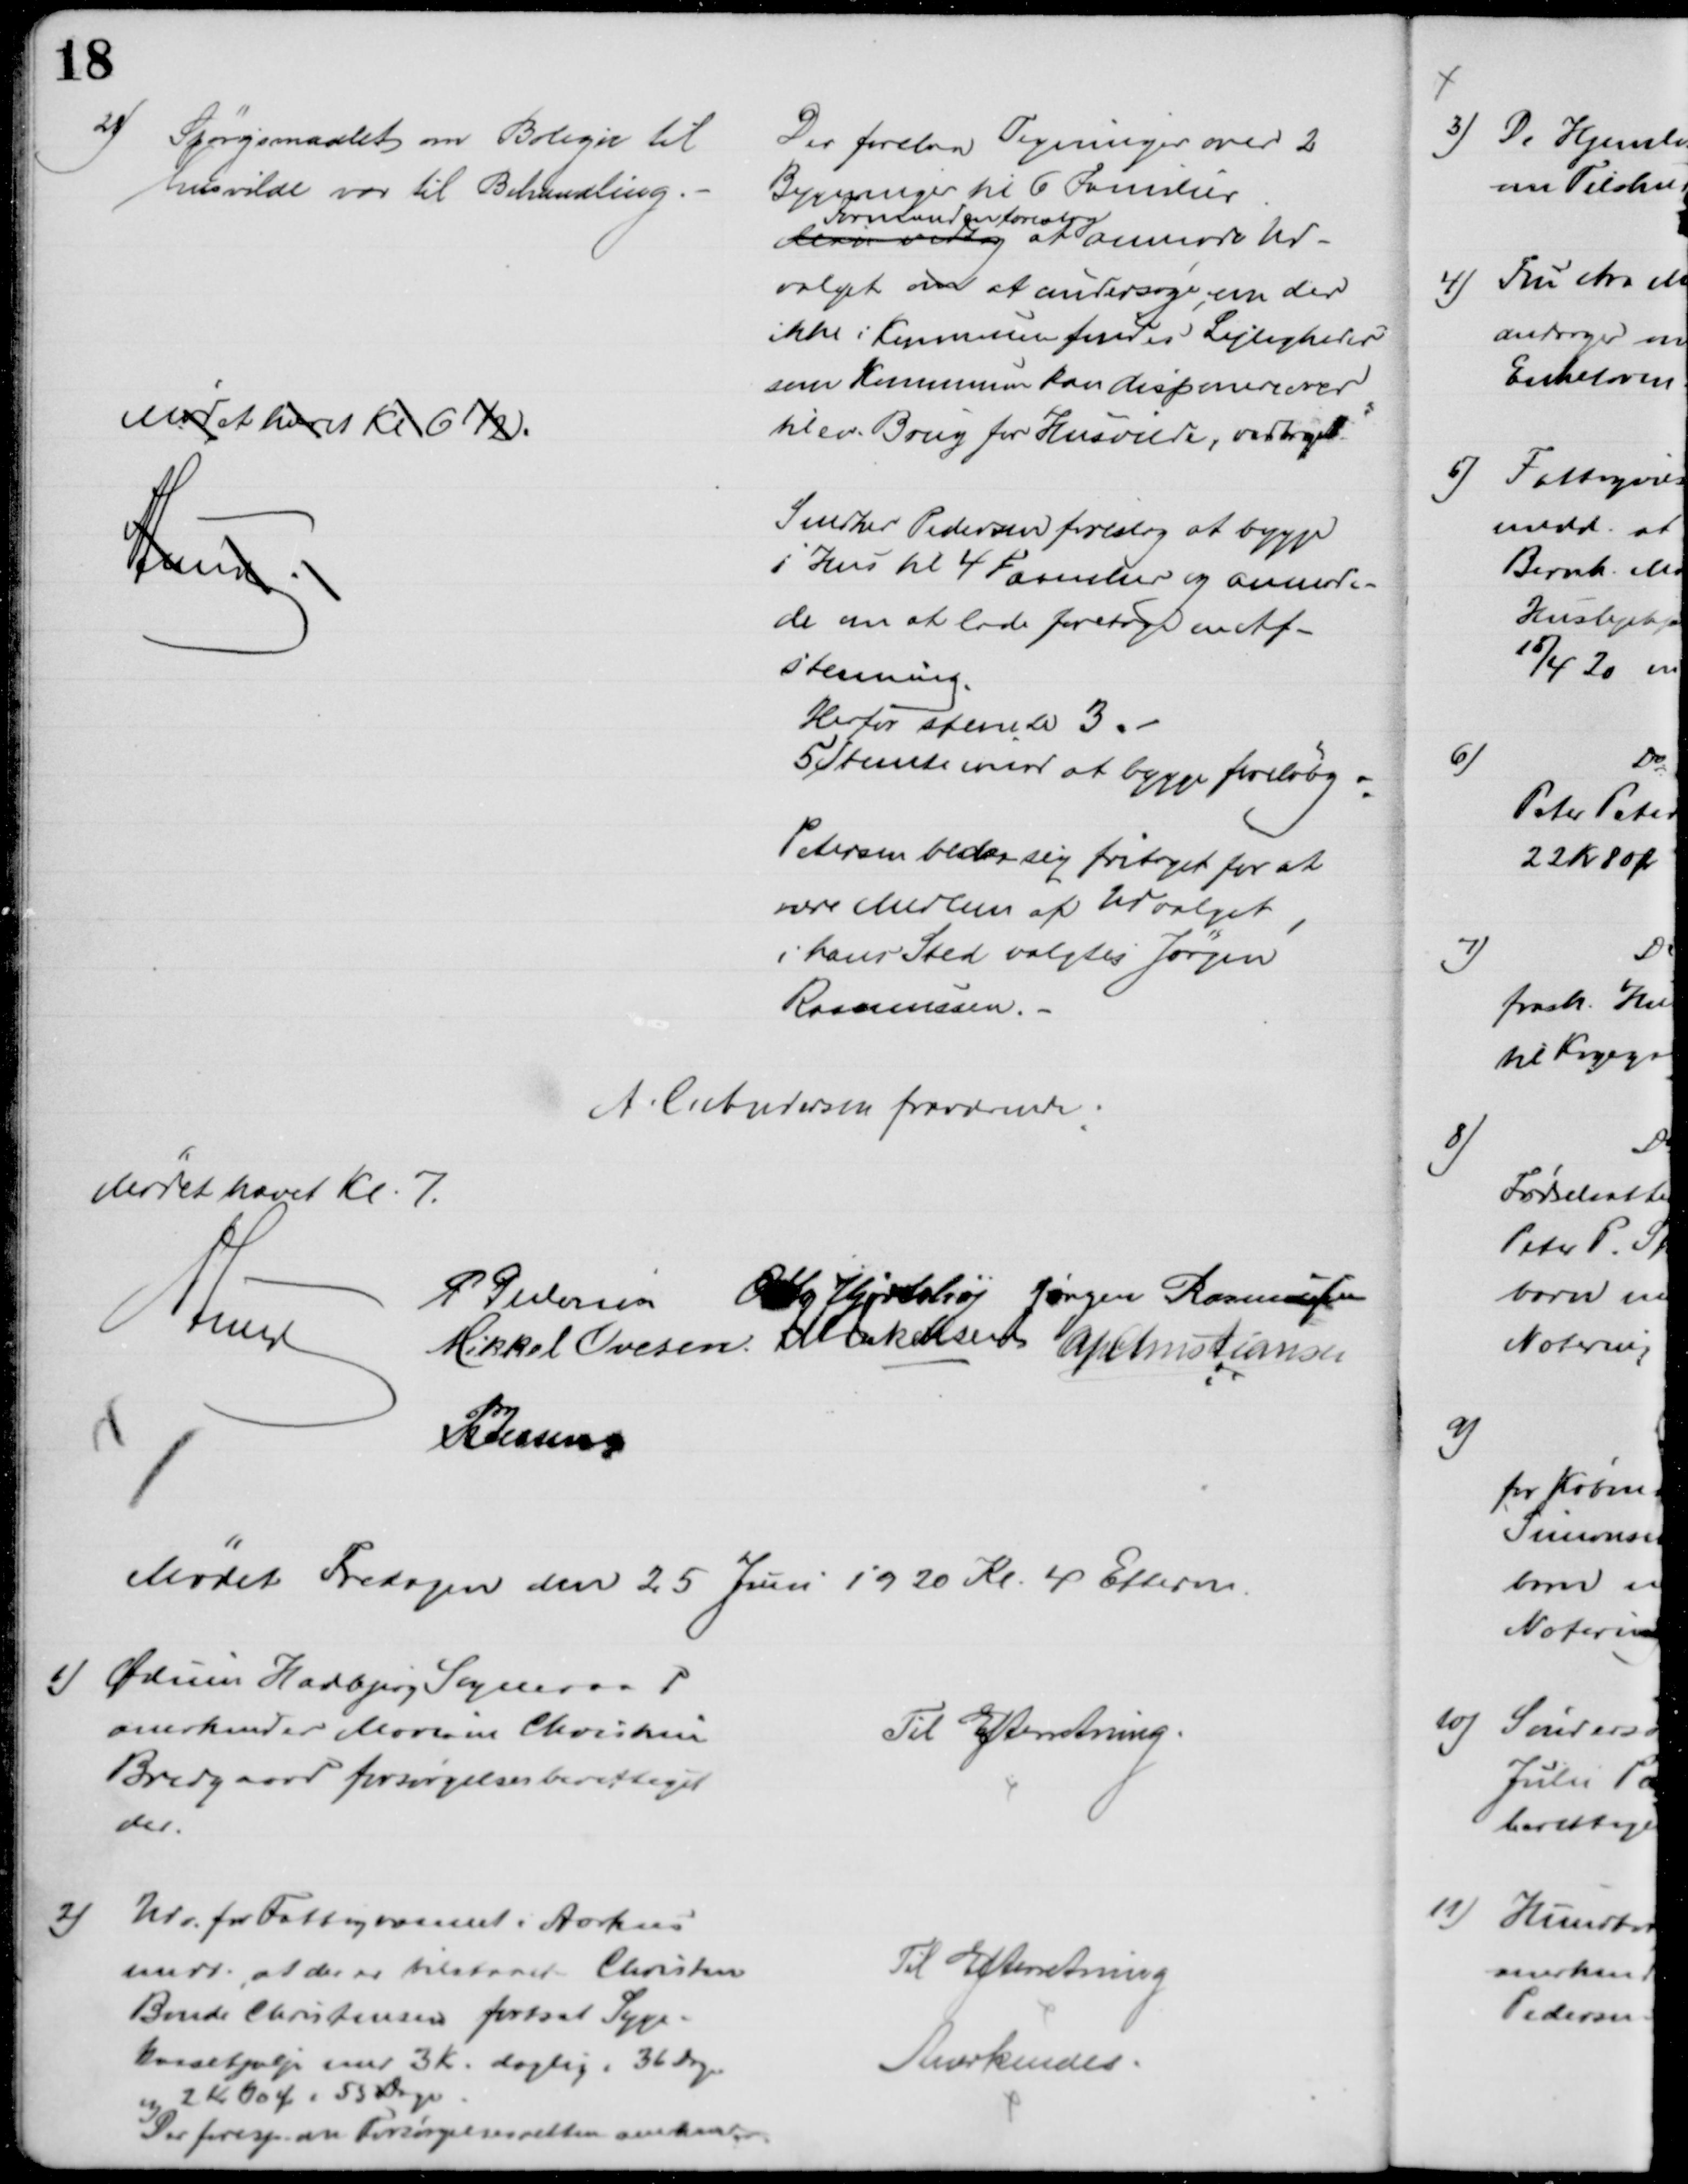
Transskription:
28)
Spørgsmaalet om Boliger til
husvilde var til Behandling.
Der forelaa Tegninger over 2
Bygninger til 6 Familier
Man vedtog 
Formanden foreslog
at anmode Ud-
valget om at undersøge om der
ikke i Kommunen findes Lejligheder
som Kommunen kan disponere over
til ev. Brug for Husvilde, vedtaget.
Mødet hævet Kl 6½
A Lund
Snedker Pedersen foreslog at bygge
1 Hus til 4 Familier og anmode-
de om at lade foretage en Af-
stemning.
Herfor stemte 3.
5 Stemte imod at bygge foreløbig.
Petersen beder sig fritaget for at 
være Medlem af Udvalget,
i hans Sted valgtes Jørgen
Rasmussen.
A. C. Andersen fraværende.
Mødet hævet Kl. 7.
A Lund
P Pedersen
Otto Hjortshøj Jørgen Rasmussen
Mikkel Ovesen. J M Jakobsen A P Christiansen
P Jessen
Mødet Fredagen den 25 Juni 1920 Kl. 4 Efterm.
1) Ødum Hadbjerg Sogneraad
anerkender Mariane Christine
Bredgaard forsørgelsesberettiget
der.
Til Efterretning
2)
Udv. for Fattigvæsenet i Aarhus
medd. at der er tilstaaet Christen
Bonde Christensen fortsat Syge-
kassehjælp med 3 Kr. daglig i 36 Dag
og 2 Kr 60 Ør i 55 Dage.
Der foresp. om Forsørgelsesretten anerkendes
Til Efterretning
Anerkendes